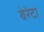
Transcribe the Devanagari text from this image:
बेरेटा